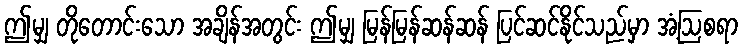
ဤမျှ တိုတောင်းသော အချိန်အတွင်း ဤမျှ မြန်မြန်ဆန်ဆန် ပြင်ဆင်နိုင်သည်မှာ အံ့ဩစရာ